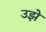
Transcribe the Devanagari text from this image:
उझे